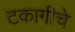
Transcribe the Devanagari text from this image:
टकागीचे